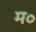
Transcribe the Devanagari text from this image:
म॰